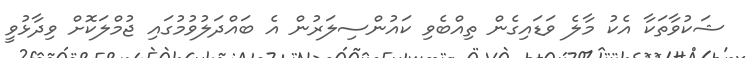
ޝަކުވާތަކާ އެކު މާލެ ވަޑައިގެން ތިއްބެވި ކައުންސިލަރުން އެ ބައްދަލުވުމުގައި ޖުމްލަކޮށް ވިދާޅުވީ